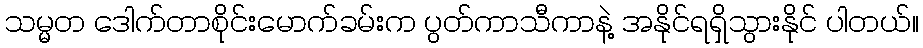
သမ္မတ ဒေါက်တာစိုင်းမောက်ခမ်းက ပွတ်ကာသီကာနဲ့ အနိုင်ရရှိသွားနိုင် ပါတယ်။